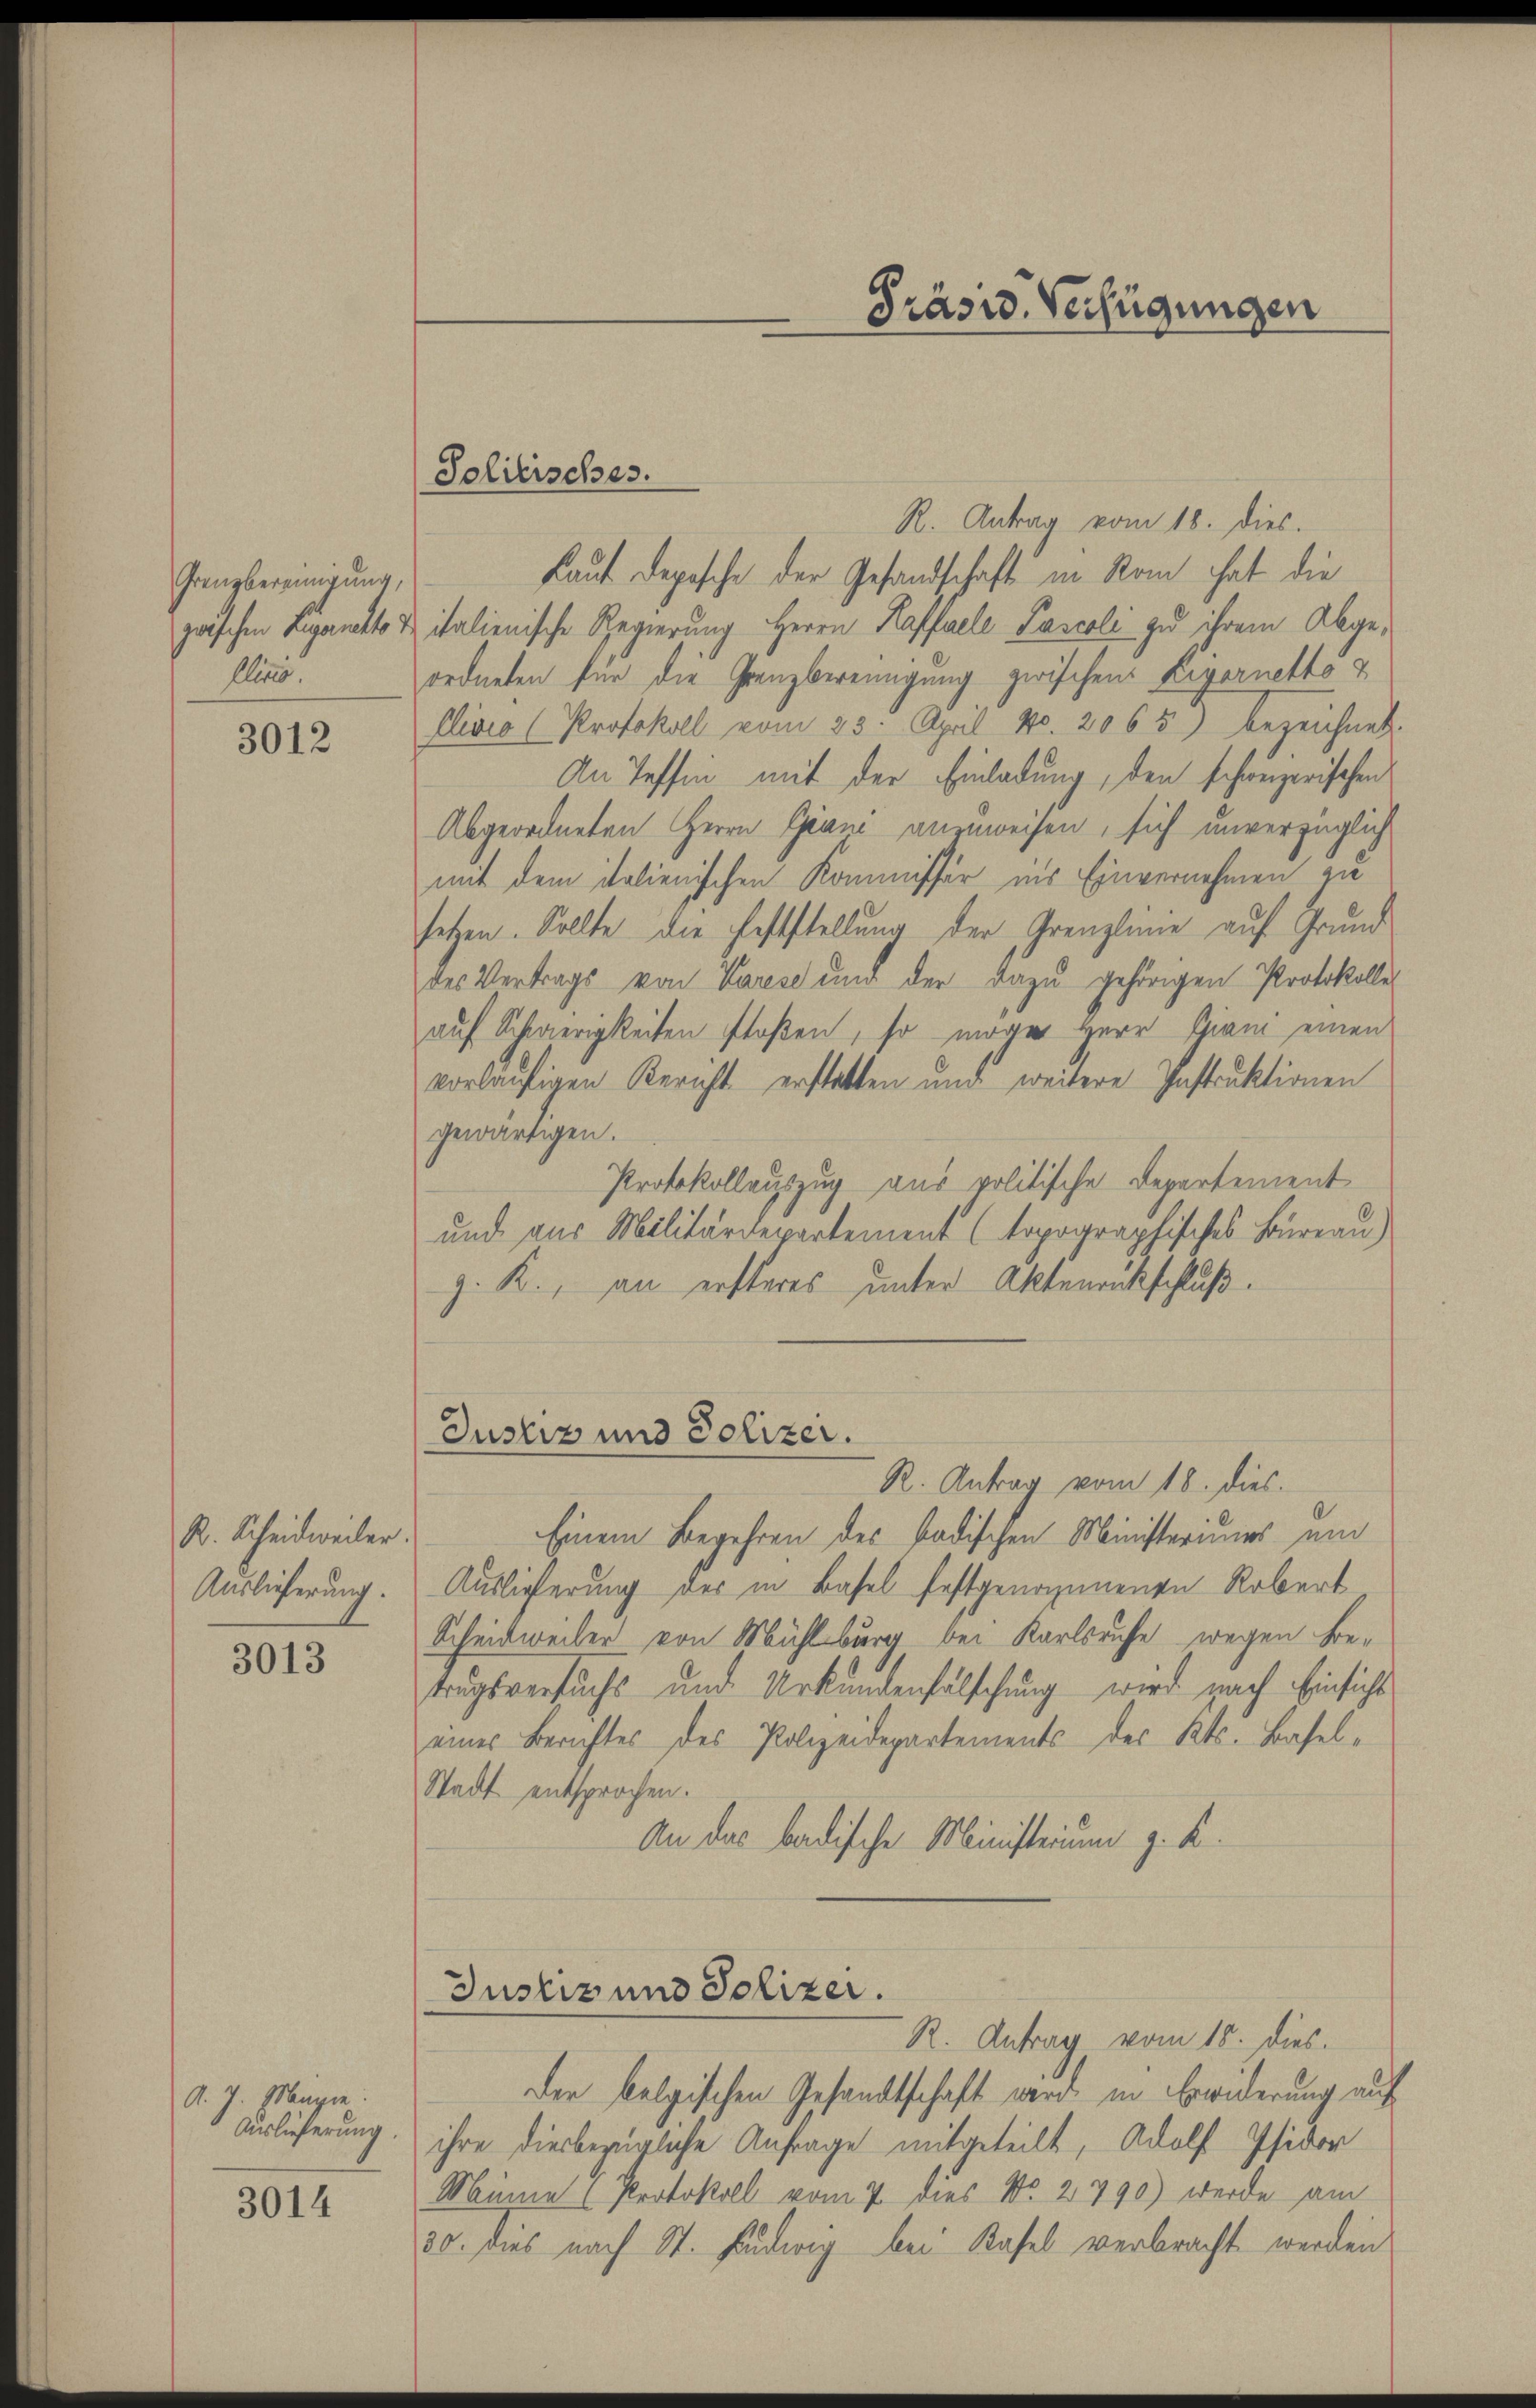
Grenzbereinigung,
gaschen Ligaretto
Alio.

3012

R. Scheidweiler.
Auslieferung.

3013

A. J. Mangen.
Auslieferung.

3014

Solitisches.

R. Antrag vom 18. dies.
Laut Depesche der Gesandschaft in Rom hat die
italienische Regierung Herrn Kaffeele Pascoli zu ihrem Abgeordneten für die Grenzbereinigung zwischen Livornetto u
Clivio (Protokoll vom 25. April No. 2065) bezeichnet
An Teffen mit der Einladung, den schweizerischen
Abgeordneten Herrn Grune anzuweisen, sich unverzüglich
mit dem italienischen Kommissär ins Einvernehmen zu
setzen. Sollte die Feststellung der Grenzlinie auf Grund
des Vertrags von Vares und der dazu gehörigen Protokolle
auf Schwierigkeiten floßen, so mögen Herr Giam einen
vorläufigen Bericht erstatten und weitere Instruktionen
gewärtigen.
Protokollauszug aus politische Departement
und aus Militärdepartement (topographisches Büreau)
z. R., an ersteres unter Aktenrnkschluß.
Justiz und Polizei.
R. Antrag vom 18. dies.
Einem Begehren des badischen Ministeriums und
Auslieferung der in Basel festgenommenen Robert
Scheidweiler von Mühlburg bei Karlsruhe wegen Betrugsversuchs und Urkundenfalschung wird nach Einsicht
eines Berichtes des Polizeidepartements des Kts. Basel-
Stadt entsprochen.
An das badische Ministerium z. K.

Präsid. Verfügungen

Der belgischen Gesandtschaft werd in Erwiderung auf
ihre diesbezügliche Anfrage mitgeteilt, Adolf Pfidor
Minne (Protokoll vom 7. dies No. 2790) werde am
30. Dies nach St. Ludwig bei Kafel verbracht werden

Justiz und Polizer.
R. Antrag vom 18. Dies